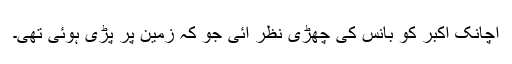
اچانک اکبر کو بانس کی چھڑی نظر آئی جو کہ زمین پر پڑی ہوئی تھی۔